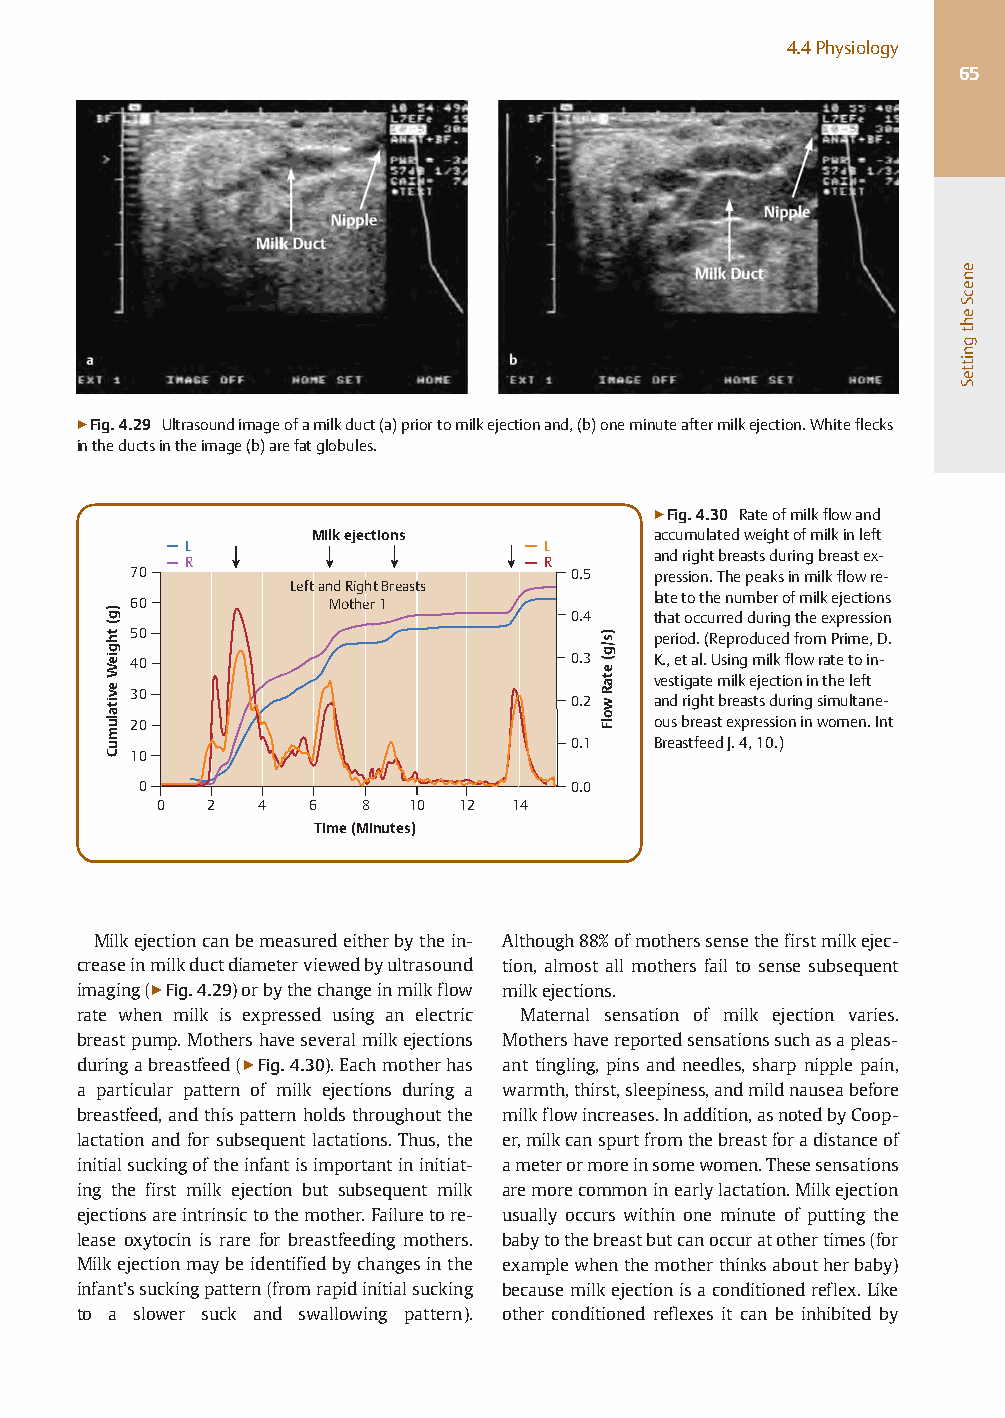
4.4Physiology
 65
 ▶Fig.4.29 Ultrasoundimageofamilkduct(a)priortomilkejectionand,(b)oneminuteaftermilkejection.Whiteflecks
 intheductsintheimage(b)arefatglobules.
 ▶Fig.4.30 Rateofmilkflowand
 Milk ejections         accumulatedweightofmilkinleft
 L                      L
 andrightbreastsduringbreastex-
 R                      R
 70                           0.5   pression.Thepeaksinmilkflowre-
 Left and Right Breasts
 60           Mother 1              latetothenumberofmilkejections
 0.4   thatoccurredduringtheexpression
 50                                 period.(ReproducedfromPrime,D.
 40                           0.3   K.,etal.Usingmilkflowratetoin-
 vestigatemilkejectionintheleft
 30                           0.2   andrightbreastsduringsimultane-
 20                                 ousbreastexpressioninwomen.Int
 0.1   BreastfeedJ.4,10.)
 10
 0                           0.0
 0  2   4  6  8   10 12 14
 Time (Minutes)
 Milkejectioncanbemeasuredeitherbythein- Although88%ofmotherssensethefirstmilkejec-
 creaseinmilkductdiameterviewedbyultrasound tion, almost all mothers fail to sense subsequent
 imaging(▶Fig.4.29)orbythechangeinmilkflow milkejections.
 rate when milk is expressed using an electric Maternal sensation of milk ejection varies.
 breastpump.Mothershaveseveralmilkejections Mothershavereportedsensationssuchasapleas-
 duringabreastfeed(▶Fig.4.30).Eachmotherhas ant tingling, pins and needles, sharp nipple pain,
 a particular pattern of milk ejections during a warmth,thirst,sleepiness,andmildnauseabefore
 breastfeed,andthispatternholdsthroughoutthe milkflowincreases.Inaddition,asnotedbyCoop-
 lactation and for subsequent lactations. Thus, the er,milkcanspurtfromthebreastforadistanceof
 initialsuckingoftheinfantisimportantininitiat- ameterormoreinsomewomen.Thesesensations
 ing the first milk ejection but subsequent milk aremorecommoninearlylactation.Milkejection
 ejectionsareintrinsictothemother.Failuretore- usually occurs within one minute of putting the
 lease oxytocin is rare for breastfeeding mothers. babytothebreastbutcanoccuratothertimes(for
 Milkejectionmaybeidentifiedbychangesinthe examplewhenthemotherthinksaboutherbaby)
 infant’ssuckingpattern(fromrapidinitialsucking becausemilkejectionisaconditionedreflex.Like
 to a slower suck and swallowing pattern). other conditioned reflexes it can be inhibited by
 )g(
 thgieW
 evitalumuC
 )s/g(
 etaR
 wolF
 enecSehtgnitteS